Scottish Leaving Certificate Examination, 1960
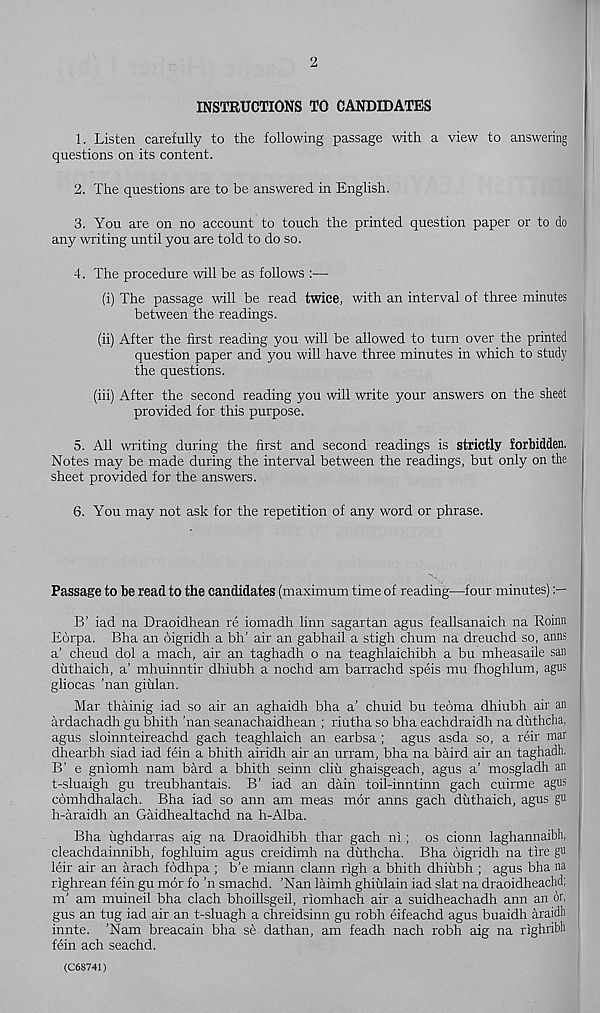
2
INSTRUCTIONS TO CANDIDATES
1. Listen carefully to the following passage with a view to answering
questions on its content.
2. The questions are to be answered in English.
3. You are on no account to touch the printed question paper or to do
any writing until you are told to do so.
4. The procedure will be as follows :—
(i) The passage will be read twice, with an interval of three minutes
between the readings.
(ii) After the first reading you will be allowed to turn over the printed
question paper and you will have three minutes in which to study
the questions.
(iii) After the second reading you will write your answers on the sheet
provided for this purpose.
5. All writing during the first and second readings is strictly forbidden.
Notes may be made during the interval between the readings, but only on the
sheet provided for the answers.
6. You may not ask for the repetition of any word or phrase.
Passage to be read to the candidates (maximum time of reading—four minutes)
B’ iad na Draoidhean re iomadh linn sagartan agus feallsanaich na Roinn
Eorpa. Bha an oigridh a bh’ air an gabhail a stigh chum na dreuchd so, aims
a' cheud dol a mach, air an taghadh o na teaghlaichibh a bu mheasaile san
duthaich, a’ mhuinntir dhiubh a nochd am barrachd speis mu fhoghlum, agus
gliocas ’nan giulan.
Mar thainig iad so air an aghaidh bha a’ chuid bu teoma dhiubh air an
ardachadh gu bhith ’nan seanachaidhean ; riutha so bha eachdraidh na duthcha,
agus sloinnteireachd gach teaghlaich an earbsa; agus asda so, a reir mar
dhearbh siad iad fein a bhith airidh air an urram, bha na baird air an taghadh.
B’ e gniomh nam bard a bhith seinn cliu ghaisgeach, agus a’ mosgladh an
t-sluaigh gu treubhantais. B’ iad an dain toil-inntinn gach cuirme agus :
comhdhalach. Bha iad so ann am meas mor aims gach duthaich, agus gu
h-araidh an Gaidhealtachd na h-Alba.
Bha ughdarras aig na Draoidhibh thar gach ni; os cionn laghannaibh,
cleachdainnibh, foghluim agus creidimh na duthcha. Bha digridh na tire gu
leir air an arach fodhpa ; b’e miann clann righ a bhith dhiubh ; agus bha na
righrean fein gu mor fo ’n smachd. ’Nan laimh ghiulain iad slat na draoidheachd;
m’ am muineil bha clach bhoillsgeil, riomhach air a suidheachadh ann an or,
gus an tug iad air an t-sluagh a chreidsinn gu robh eifeachd agus buaidh araidh
innte. ’Nam breacain bha se dathan, am feadh nach robh aig na righribh
fein ach seachd.
(C68741)